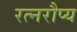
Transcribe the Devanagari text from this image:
रत्नरौप्य